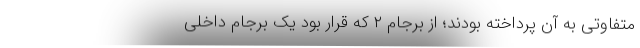
متفاوتی به آن پرداخته بودند؛ از برجام ۲ که قرار بود یک برجام داخلی